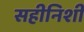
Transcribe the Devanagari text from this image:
सहीनिशी